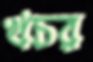
খচর